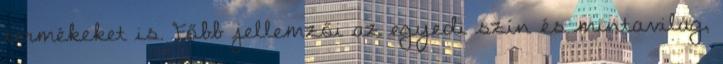
termékeket is. Főbb jellemzői az egyedi szín és mintavilág,